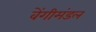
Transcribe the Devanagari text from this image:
वेंगीमंडल